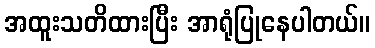
အထူးသတိထားပြီး အာရုံပြုနေပါတယ်။